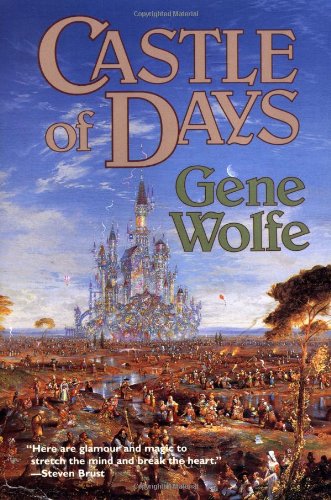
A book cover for Castle of Days; Gene Wolfe; Science Fiction & Fantasy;